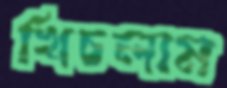
খিচলাম